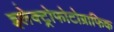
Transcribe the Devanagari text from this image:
इलेक्ट्रोफोटोग्राफिक